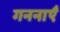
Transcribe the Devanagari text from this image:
गननाएँ